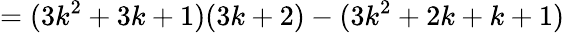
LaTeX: =(3k^{2}+3k+1)(3k+2)-(3k^{2}+2k+k+1)